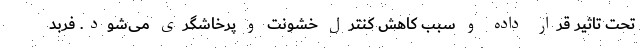
تحت تاثیر قرار داده و سبب کاهش کنترل خشونت و پرخاشگری می‌شود. فربد